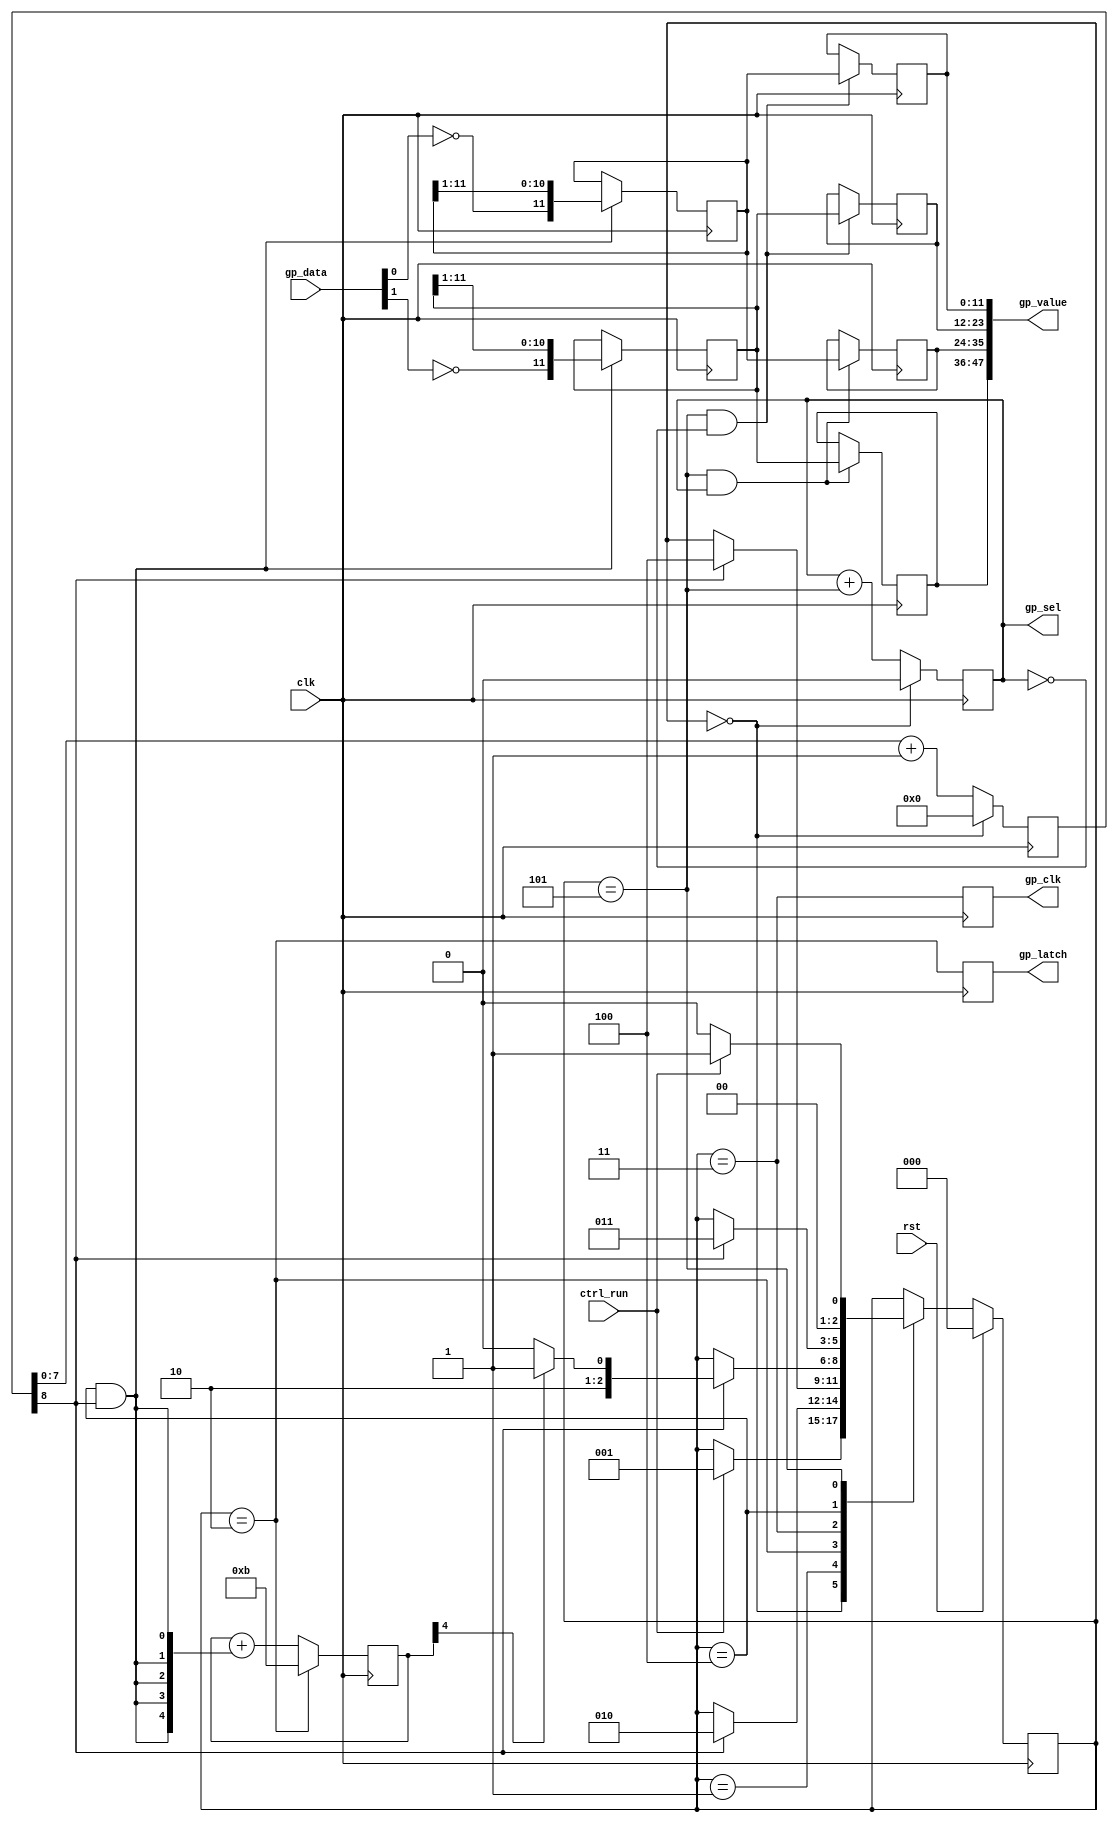
/*
 * gamepad_cont.v
 *
 * "Continuous" version of gamepad.
 * This scans all controllers in a loop and output the latest value for each
 *
 * vim: ts=4 sw=4
 *
 * Copyright (C) 2021  Sylvain Munaut <tnt@246tNt.com>
 * SPDX-License-Identifier: CERN-OHL-P-2.0
 */

`default_nettype none

module gamepad_cont #(
	parameter integer DIV = 150,
	parameter integer SEL_WIDTH = 1,	// Select line width
	parameter integer DATA_WIDTH = 2,	// Number of parallel
	parameter integer REG_WIDTH = 12,	// Shift Register width

	// auto-set
	parameter integer SL = SEL_WIDTH ? (SEL_WIDTH - 1) : 0,				// Sel line left bound
	parameter integer DL = DATA_WIDTH - 1,								// Data in left bound
	parameter integer VL = ((REG_WIDTH * DATA_WIDTH) << SEL_WIDTH) - 1	// Value out left bound
)(
	// Controller
	output reg  [SL:0] gp_sel,
	input  wire [DL:0] gp_data,
	output reg         gp_latch,
	output reg         gp_clk,

	// Current value
	output wire [VL:0] gp_value,

	// Control
	input  wire        ctrl_run,

	// Clock / Reset
	input  wire        clk,
	input  wire        rst
);

	localparam integer TL = $clog2(DIV);		// Divider counter left bound
	localparam integer BL = $clog2(REG_WIDTH);	// Bit counter left bound
	localparam integer RL = REG_WIDTH - 1;		// Shift Register left bound


	// Signals
	// -------

	// FSM
	localparam [2:0]
		ST_IDLE      = 0,
		ST_PRE_PAUSE = 1,
		ST_LATCH     = 2,
		ST_CLK_HI    = 3,
		ST_CLK_LO    = 4,
		ST_NEXT      = 5;

	reg [2:0] state;
	reg [2:0] state_nxt;

	// Tick
	reg  [TL:0] tick_cnt;
	wire        tick;

	// Bit-Counter
	reg  [BL:0] bit_cnt;
	wire        bit_last;
	wire        bit_shift;

	// Shift register
	reg  [RL:0] shift_reg[0:DL];

	// Current value
	reg  [RL:0] value[0:(1<<SEL_WIDTH)-1][0:DL];


	// FSM
	// ---

	// State register
	always @(posedge clk)
		if (rst)
			state <= ST_IDLE;
		else
			state <= state_nxt;

	// Next-state logic
	always @(*)
	begin
		// Default is no-change
		state_nxt = state;

		// Transitions
		case (state)
			ST_IDLE:
				if (ctrl_run)
					state_nxt = ST_PRE_PAUSE;

			ST_PRE_PAUSE:
				if (tick)
					state_nxt = ST_LATCH;

			ST_LATCH:
				if (tick)
					state_nxt = ST_CLK_LO;

			ST_CLK_HI:
				if (tick)
					state_nxt = bit_last ? ST_NEXT : ST_CLK_LO;

			ST_CLK_LO:
				if (tick)
					state_nxt = ST_CLK_HI;

			ST_NEXT:
				state_nxt = ctrl_run ? ST_PRE_PAUSE : ST_IDLE;
		endcase
	end


	// Tick
	// ----

	always @(posedge clk)
		if (state == ST_IDLE)
			tick_cnt <= 0;
		else
			tick_cnt <= { 1'b0, tick_cnt[TL-1:0] } + 1;

	assign tick = tick_cnt[TL];


	// Bit Counter
	// -----------

	always @(posedge clk)
		if (state == ST_LATCH)
			bit_cnt <= REG_WIDTH - 1;
		else
			bit_cnt <= bit_cnt + {(BL+1){bit_shift}};

	assign bit_last = bit_cnt[BL];
	assign bit_shift = (state == ST_CLK_LO) & tick;


	// Shift registers
	// ---------------

	integer i;

	always @(posedge clk)
		if (bit_shift)
			for (i=0; i<DATA_WIDTH; i=i+1)
				shift_reg[i] = { ~gp_data[i], shift_reg[i][RL:1] };


	// Game pad control
	// ----------------

	always @(posedge clk)
	begin
		gp_latch <= (state == ST_LATCH);
		gp_clk   <= (state == ST_CLK_HI);
	end

	always @(posedge clk)
		if (state == ST_IDLE)
			gp_sel <= 0;
		else if (SEL_WIDTH > 0)
			gp_sel <= gp_sel + (state == ST_NEXT);


	// Final value
	// -----------

	genvar j;
	genvar k;

	for (j=0; j<(1<<SEL_WIDTH); j=j+1)
		for (k=0; k<DATA_WIDTH; k=k+1)
		begin
			// Capture
			always @(posedge clk)
				if ((state == ST_NEXT) & (gp_sel == j))
					value[j][k] <= shift_reg[k];

			// Mapping to flat value
			assign gp_value[(j*DATA_WIDTH+k)*REG_WIDTH+:REG_WIDTH] = value[j][k];
		end

endmodule // gamepad_cont